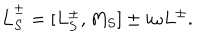
\dot { L } _ { S } ^ { \pm } = [ L _ { S } ^ { \pm } , M _ { S } ] \pm i \omega L ^ { \pm } .